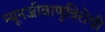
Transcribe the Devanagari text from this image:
न्यूनजीवाणुविरोधी